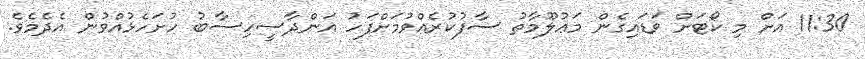
11:30 އަށް މި ކޯޓަށް ވަޑައިގެން މަޢުލޫމާތު ސާފުކުރެއްވުމަށްފަހު އަންދާސީހިސާބު ހުށަހެޅުއްވުން އެދެމެވެ.